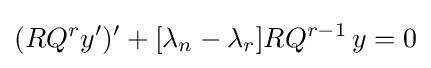
(RQ^{r}y')'+[\lambda _{n}-\lambda _{r}]RQ^{r-1}\,y=0